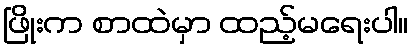
ဖြိုးက စာထဲမှာ ထည့်မရေးပါ။